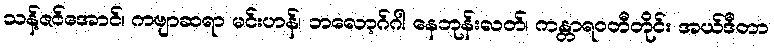
သန့်ဇင်အောင်၊ ကဗျာဆရာ မင်းဟန်၊ ဘလော့ဂ်ဂါ နေဘုန်းလတ်၊ ကန္တာရဝတီတိုင်း အယ်ဒီတာ